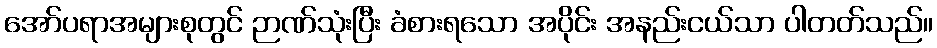
အော်ပရာအများစုတွင် ဉာဏ်သုံးပြီး ခံစားရသော အပိုင်း အနည်းငယ်သာ ပါတတ်သည်။